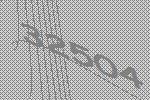
32504